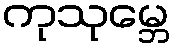
ကုသုမ္ဘေ